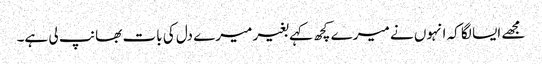
مجھے ایسا لگا کہ انہوں نے میرے کچھ کہے بغیر میرے دل کی بات بھانپ لی ہے۔